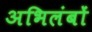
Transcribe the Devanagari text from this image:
अभिलंबों